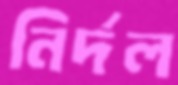
নির্দল